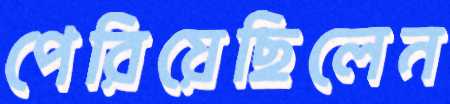
পেরিয়েছিলেন